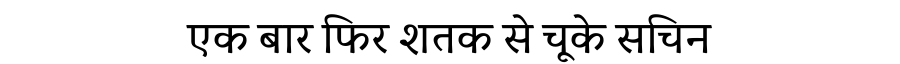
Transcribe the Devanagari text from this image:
एक बार फिर शतक से चूके सचिन